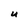
Character: U